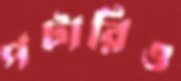
পটারিও